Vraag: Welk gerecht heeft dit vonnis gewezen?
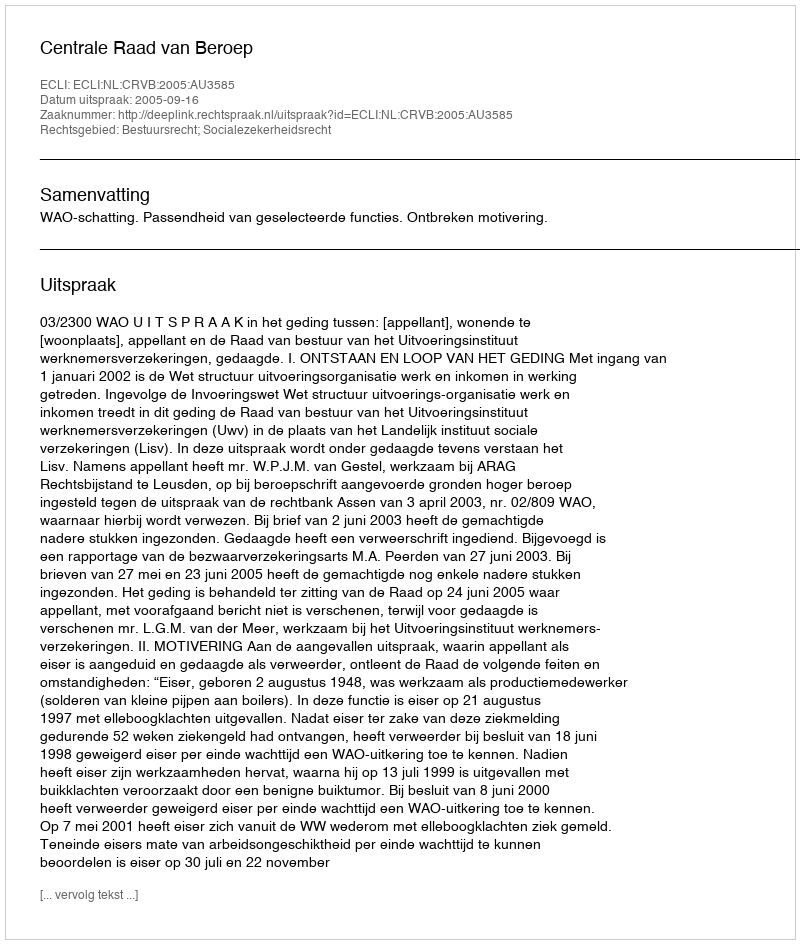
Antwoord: Centrale Raad van Beroep